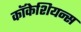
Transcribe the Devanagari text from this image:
कॉकेशियन्स